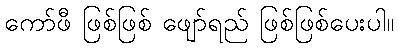
ကော်ဖီ ဖြစ်ဖြစ် ဖျော်ရည် ဖြစ်ဖြစ်ပေးပါ။